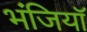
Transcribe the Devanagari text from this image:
भंजियाॅ